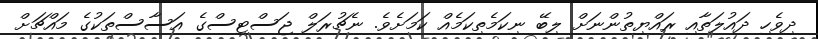
ދިވެހި ދައުލަތާއި ރައްޔިތުންނަށް ލިބޭ ނިކަމެތިކަމެއް ކަމަށެވެ. ނެޗުރަލް ޖަސްޓިސްގެ އަސާސްތަކުގެ މައްޗަށް